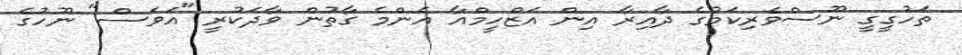
ތަހުގީގީ ނޫސްވެރިކަމުގެ ދާއިރާ އިން އަޒްހީމްއާ އެންމެ ގާތުން ވާދަކުރީ "އަވަސް" ނޫހުގެ